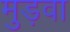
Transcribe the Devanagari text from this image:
मुड़वा